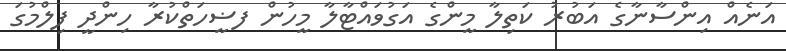
އަނެއް އިންސާނާގެ އަބުރު ކަތިލާ މީންގެ އަގުވައްޓާލާ މީހުން ފޟީހަތްކުރާ ހިންދީ ފިލްމުގަ